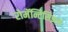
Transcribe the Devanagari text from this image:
रोमॅन्टिसिझम